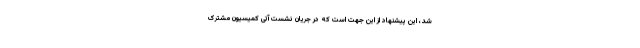
شد، این پیشنهاد از این جهت است که در جریان نشست آتی کمیسیون مشترک